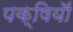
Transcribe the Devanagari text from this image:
पक्षियॊं